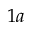
1 a